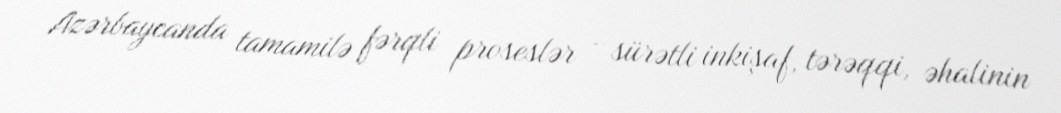
Azərbaycanda tamamilə fərqli proseslər - sürətli inkişaf, tərəqqi, əhalinin